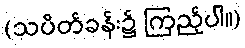
(သပိတ်ခန်း၌ ကြည့်ပါ။)